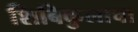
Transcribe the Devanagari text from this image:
शिबिकुलाचा